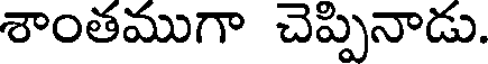
శాంతముగా చెప్పినాడు.